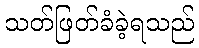
သတ်ဖြတ်ခံခဲ့ရသည်